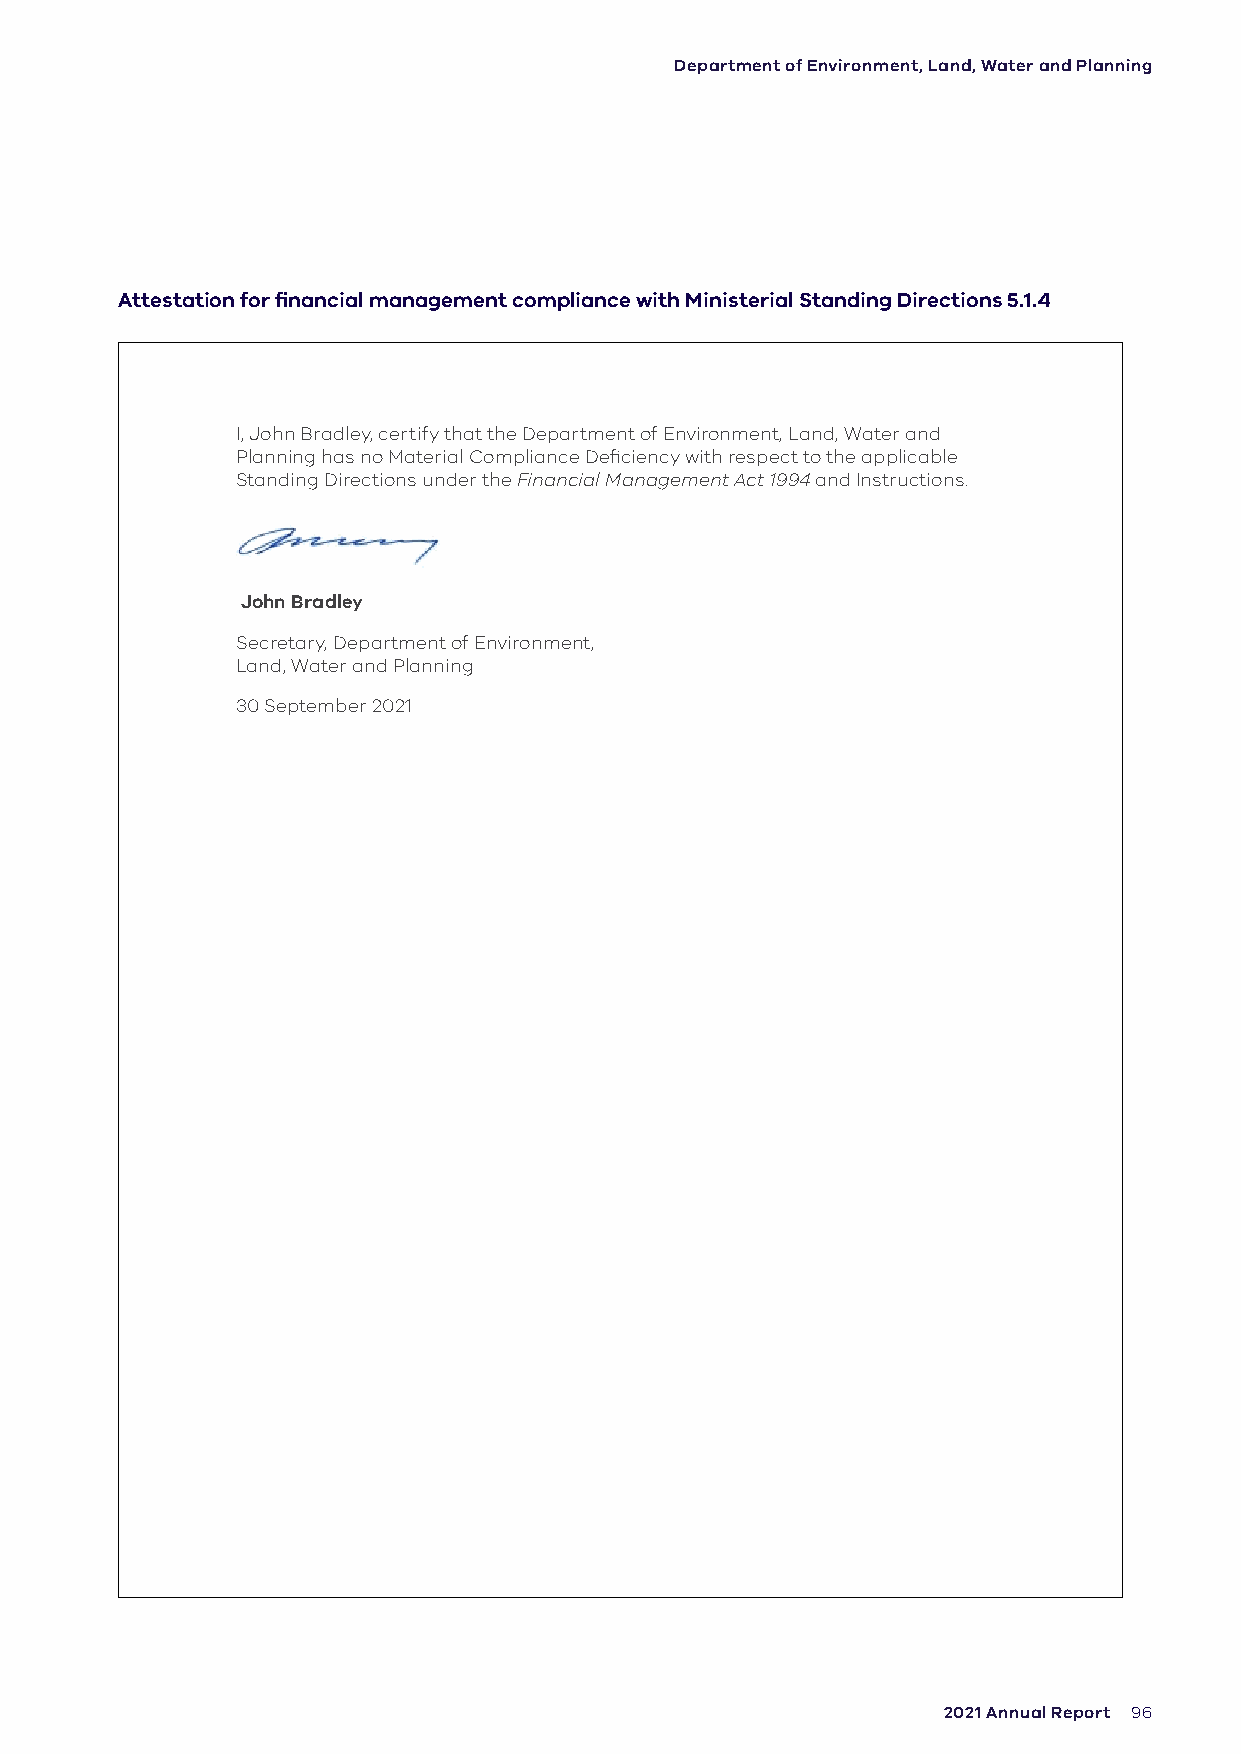
Department of Environment, Land, Water and Planning
 Attestation for financial management compliance with Ministerial Standing Directions 5.1.4
 I, John Bradley, certify that the Department of Environment, Land, Water and
 Planning has no Material Compliance Deficiency with respect to the applicable
 Standing Directions under the Financial Management Act 1994 and Instructions.
 John Bradley
 Secretary, Department of Environment,
 Land, Water and Planning
 30 September 2021
 2021 Annual Report 96